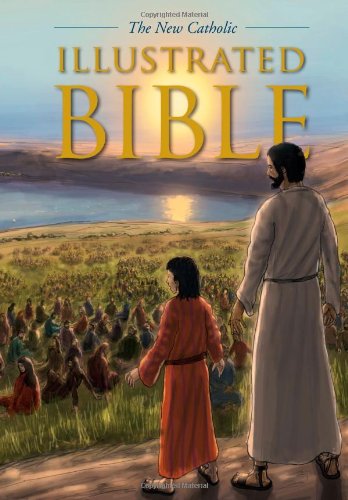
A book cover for The New Catholic Illustrated Bible; Lars Fredricksen; Christian Books & Bibles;